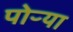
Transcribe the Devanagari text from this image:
पोऱ्या